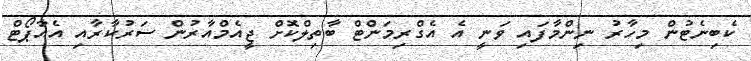
ކެބިނެޓުން މިހާރު ނިންމާފައި ވަނީ އެ އެގްރިމަންޓް ބާތިލްކޮށް ޖީއެމްއާރުން ސަރުކާރާއި އެއާޕޯޓް